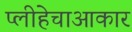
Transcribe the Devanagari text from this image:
प्लीहेचाआकार